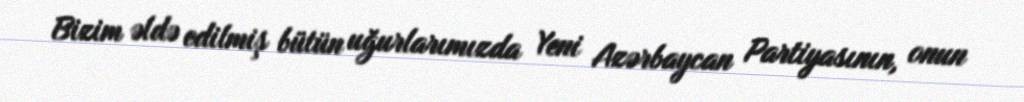
Bizim əldə edilmiş bütün uğurlarımızda Yeni Azərbaycan Partiyasının, onun